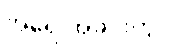
အရေးအခင်းတွင်